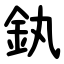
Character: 釻